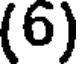
(6)